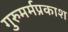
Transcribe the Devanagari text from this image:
गुरुमर्मप्रकाश